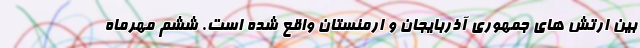
بین ارتش های جمهوری آذربایجان و ارمنستان واقع شده است. ششم مهرماه